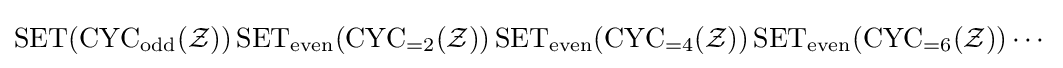
\operatorname {SET} (\operatorname {CYC} _{\operatorname {odd} }({\mathcal {Z}}))\operatorname {SET} _{\operatorname {even} }(\operatorname {CYC} _{=2}({\mathcal {Z}}))\operatorname {SET} _{\operatorname {even} }(\operatorname {CYC} _{=4}({\mathcal {Z}}))\operatorname {SET} _{\operatorname {even} }(\operatorname {CYC} _{=6}({\mathcal {Z}}))\cdots